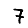
Digit: 7